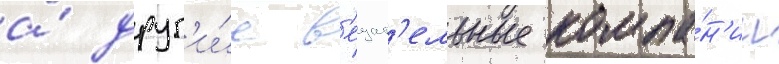
а́ друг'и́е в'ещат'ельные компа́н'ии